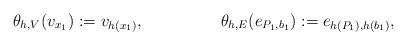
LaTeX: \begin{align*}\theta_{h,V}(v_{x_1})&:=v_{h(x_1)}, & \theta_{h,E}(e_{P_1,b_1})&:=e_{h(P_1),h(b_1)},\end{align*}